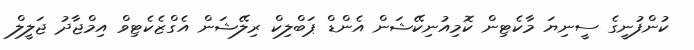
ކުންފުނީގެ ސީނިޔަ މާކެޓިން ކޮމިއުނިކޭޝަން އެންޑް ޕަބްލިކް ރިލޭޝަން އެގްޒެކެޓިވް އިމްޖާދު ޖަލީލް